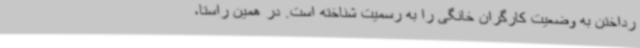
رداختن به وضعیت کارگران خانگی را به رسمیت شناخته است. در همین راستا،